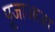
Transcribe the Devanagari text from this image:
पूजाआजा